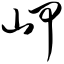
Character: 岬